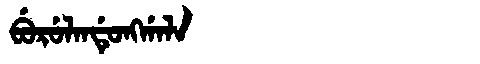
Manchu: ᠪᡠᡵᡠᠯᠠᠨᡩᡠᠩᡤᠠᠯᠠ
Romanization: BURULANDUNGGALA